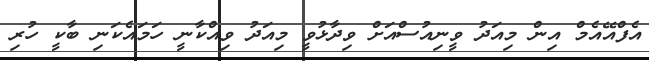
އެފްއޭއެމް އިން މިއަދު ވީނިއުސްއަށް ވިދާޅުވީ މިއަދު ވިއްކާނީ ހަމައެކަނި ބާކީ ހުރި